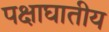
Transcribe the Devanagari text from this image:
पक्षाघातीय